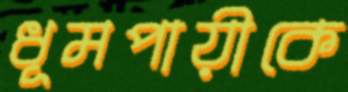
ধূমপায়ীকে